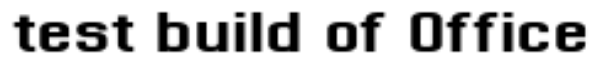
test build of Office